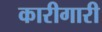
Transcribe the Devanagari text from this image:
कारीगारी